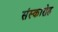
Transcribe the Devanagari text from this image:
संस्कारोह